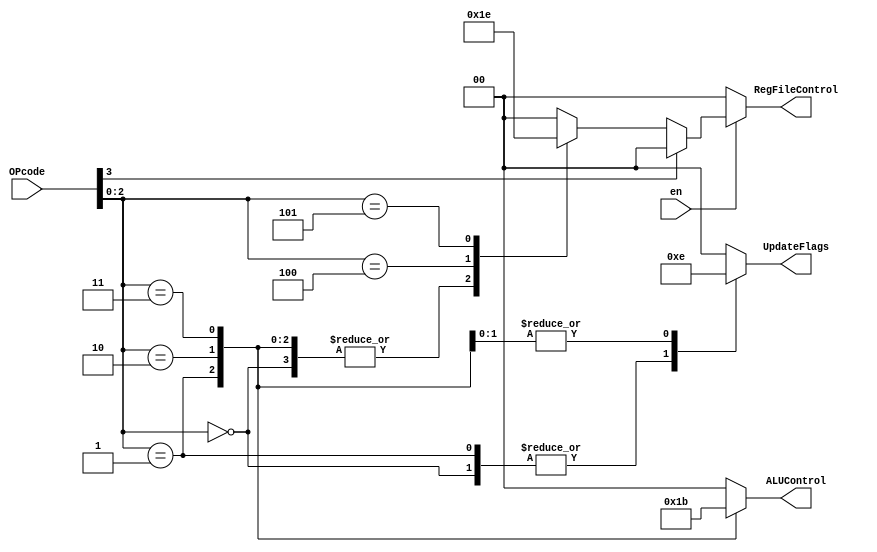
module decode (
    input  wire [3:0] OPcode,
    input  wire       en,
    
    /* [0] - update Carry and Overflow flags; 
     * [1] - update Neg and  Zero flags;
     *  ADD, SUB - update all flags; 
     * AND, OR - update only Neg and Zero
     *  */
    output reg  [1:0] UpdateFlags,
     
    output reg  [1:0] ALUControl,
    output reg  [1:0] RegFileControl
);

//------------------------------------------------------------------------------
// put your code here

localparam ADD = 3'b000;
localparam SUB = 3'b001;
localparam AND = 3'b010;
localparam OR = 3'b011;
localparam NOP = 3'b111;
localparam LDA = 3'b100;
localparam LDB = 3'b101;

always@*
begin
    case(OPcode[2:0])
        ADD, SUB: UpdateFlags          = 2'b11;
        AND, OR: UpdateFlags           = 2'b10;
        default: UpdateFlags           = 2'b00;
    endcase
    
    case(OPcode[2:0])
        ADD: ALUControl               = 2'b00;
        SUB: ALUControl               = 2'b01;
        AND: ALUControl               = 2'b10;
        OR: ALUControl                = 2'b11;
        default: ALUControl           = 2'b00;
    endcase
end


//------------------------------------------------------------------------------
always @*
    if(!en)
        RegFileControl = 2'b00;
    else
        if(OPcode[3]) // branch
            RegFileControl = 2'b00;
        else begin    // execute
            case(OPcode[2:0])
                ADD, SUB, AND, OR: RegFileControl = 2'b01;
                LDA: RegFileControl               = 2'b11;
                LDB: RegFileControl               = 2'b10;
                NOP: RegFileControl               = 2'b00;
                default: RegFileControl           = 2'b00;
            endcase
        end

endmodule